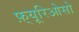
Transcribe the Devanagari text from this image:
फ़्यूरिओसो